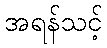
အရန်သင့်